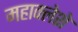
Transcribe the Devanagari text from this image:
महाक्लेशे